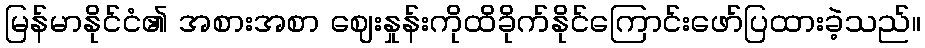
မြန်မာနိုင်ငံ၏ အစားအစာ ဈေးနှုန်းကိုထိခိုက်နိုင်ကြောင်းဖော်ပြထားခဲ့သည်။